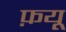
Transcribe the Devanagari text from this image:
फ़यू